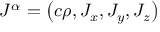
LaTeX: J ^ { \alpha } = \left( c \rho , J _ { x } , J _ { y } , J _ { z } \right)